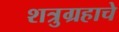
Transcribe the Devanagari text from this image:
शत्रुग्रहाचे